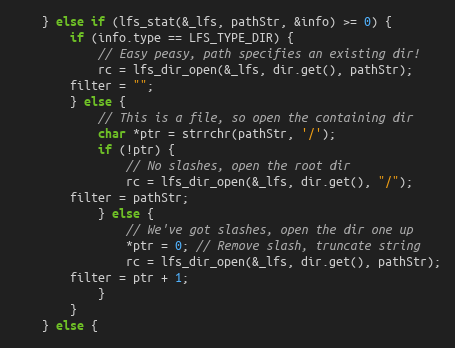
Language: C++
    } else if (lfs_stat(&_lfs, pathStr, &info) >= 0) {
        if (info.type == LFS_TYPE_DIR) {
            // Easy peasy, path specifies an existing dir!
            rc = lfs_dir_open(&_lfs, dir.get(), pathStr);
	    filter = "";
        } else {
            // This is a file, so open the containing dir
            char *ptr = strrchr(pathStr, '/');
            if (!ptr) {
                // No slashes, open the root dir
                rc = lfs_dir_open(&_lfs, dir.get(), "/");
		filter = pathStr;
            } else {
                // We've got slashes, open the dir one up
                *ptr = 0; // Remove slash, truncate string
                rc = lfs_dir_open(&_lfs, dir.get(), pathStr);
		filter = ptr + 1;
            }
        }
    } else {